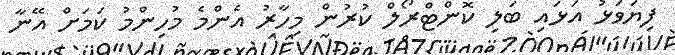
ފިޔަވަޅު އަޅައި ބަލި ކޮންޓްރޯލް ކުރުން މިހާރު އެންމެ މުހިންމު ކަމަށް އޭނާ